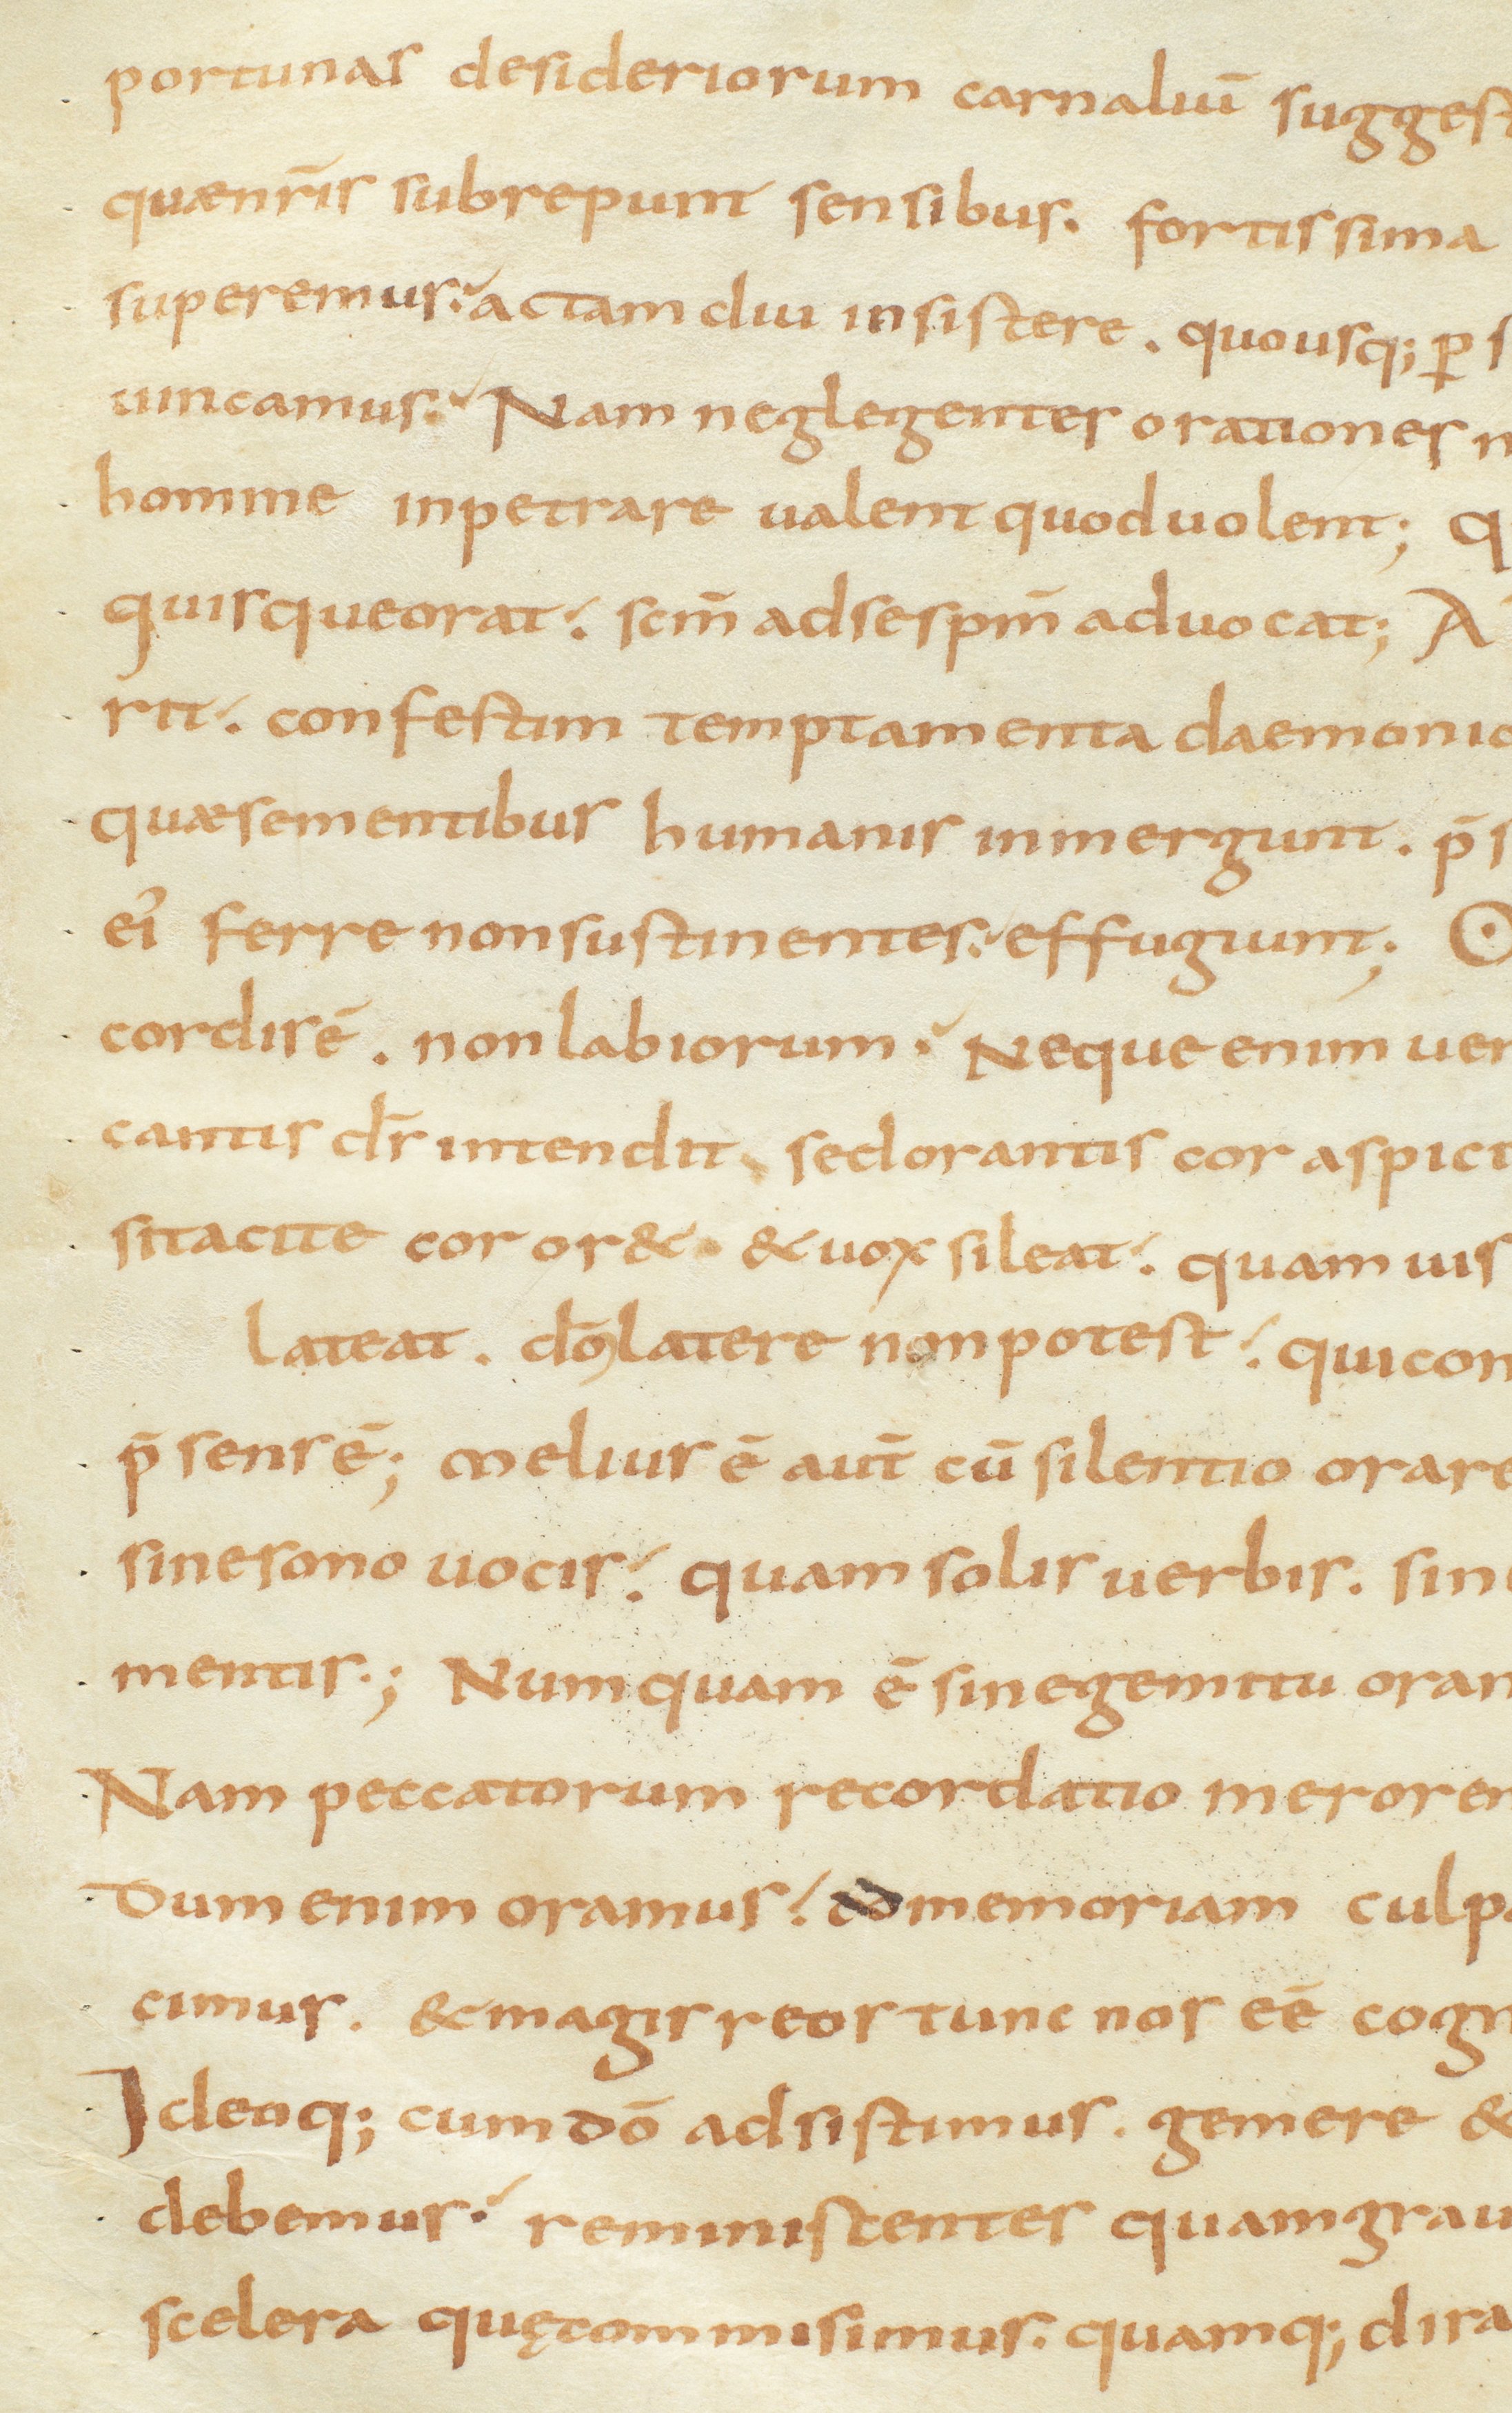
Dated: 800–833